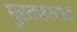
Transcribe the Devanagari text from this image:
मुस्तफ़ाबाद